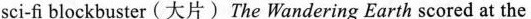
sci-fi blockbuster (大片) The Wandering Earth scored at the